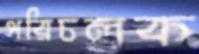
পরিচলক